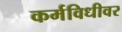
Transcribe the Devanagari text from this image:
कर्मविधीवर